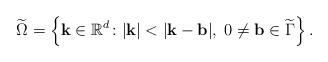
LaTeX: \begin{align*}\widetilde \Omega = \left\{ \mathbf{k} \in \mathbb{R}^d \colon | \mathbf{k} | < | \mathbf{k} - \mathbf{b} |, \; 0 \ne \mathbf{b} \in \widetilde \Gamma \right\}.\end{align*}